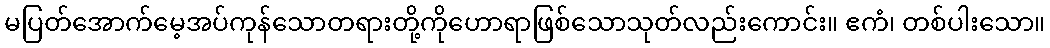
မပြတ်အောက်မေ့အပ်ကုန်သောတရားတို့ကိုဟောရာဖြစ်သောသုတ်လည်းကောင်း။ ဧကံ၊ တစ်ပါးသော။